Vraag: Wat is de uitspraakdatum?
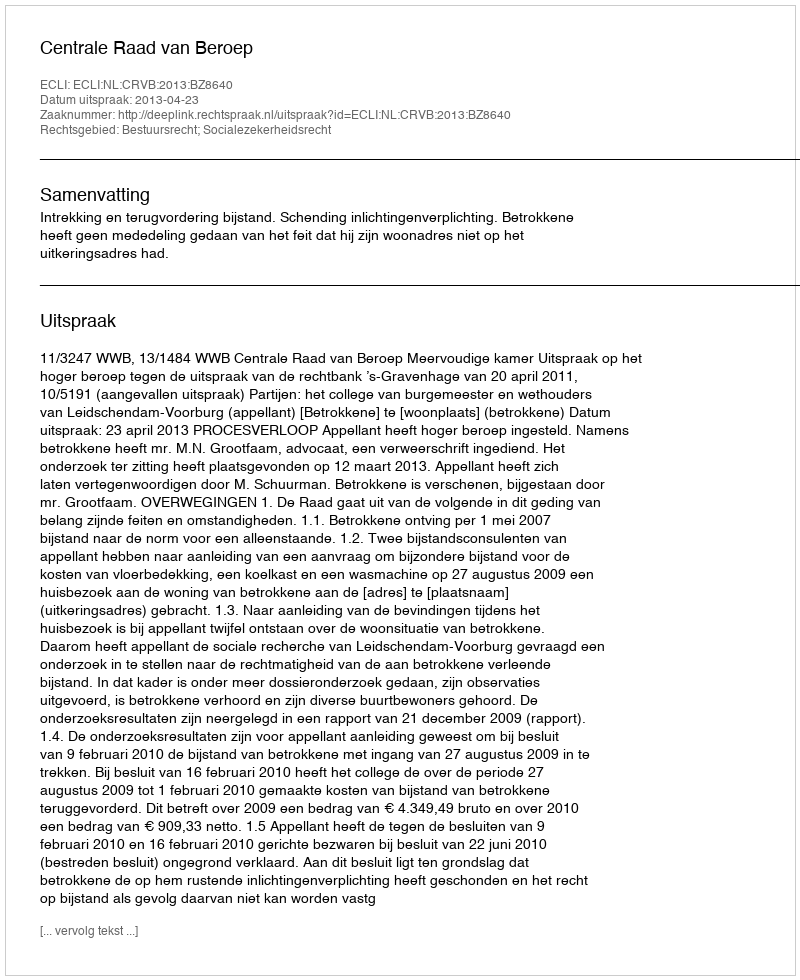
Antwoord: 2013-04-23